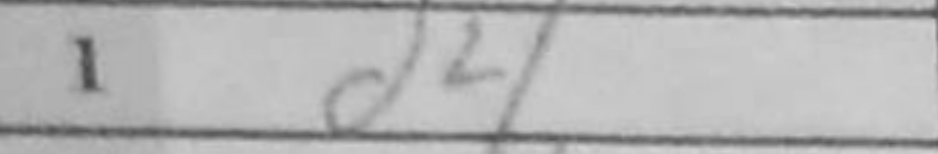
Transcription: d4